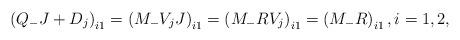
LaTeX: \begin{align*}\left(Q_-J+D_j\right)_{i1}=\left(M_- V_j J\right)_{i1}=\left(M_-R V_j\right)_{i1}=\left(M_- R\right)_{i1},i=1,2,\end{align*}